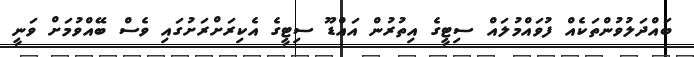
ބައްދަލުވުންތަކެއް ފުވައްމުލައް ސިޓީގެ އިތުރުން އައްޑޫ ސިޓީގެ އެކިރަށްރަށުގައި ވެސް ބޭއްވުމަށް ވަނީ